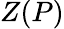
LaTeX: Z(P)